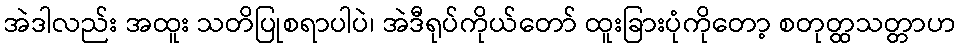
အဲဒါလည်း အထူး သတိပြုစရာပါပဲ၊ အဲဒီရုပ်ကိုယ်တော် ထူးခြားပုံကိုတော့ စတုတ္ထသတ္တာဟ